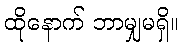
ထိုနောက် ဘာမျှမရှိ။